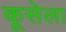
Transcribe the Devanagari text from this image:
कूसेला